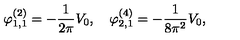
\varphi _ { 1 , 1 } ^ { ( 2 ) } = - \frac { 1 } { 2 \pi } V _ { 0 } , \quad \varphi _ { 2 , 1 } ^ { ( 4 ) } = - \frac { 1 } { 8 \pi ^ { 2 } } V _ { 0 } ,